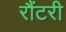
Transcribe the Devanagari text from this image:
रौंटरी